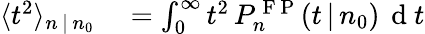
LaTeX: \begin{array}{rl}{\langle t^{2}\rangle_{n\, |\, n_{0}}}&{{}=\int_{0}^{\infty}t^{2}\, P_{n}^{\mathrm{~F~P~}}(t\, |\, n_{0})\, \mathrm{~d~}t}\end{array}